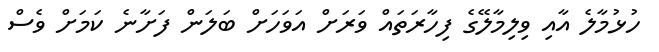
ހުޅުމާލެ އާއި ވިލިމާލޭގެ ފިހާރަތައް ވަރަށް އަވަހަށް ބަލަން ފަށާނެ ކަމަށް ވެސް